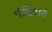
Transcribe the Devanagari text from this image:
पंजिराब